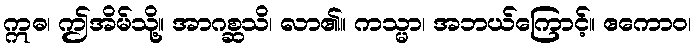
ဣဓ၊ ဤအိမ်သို့။ အာဂစ္ဆသိ၊ လာ၏။ ကသ္မာ၊ အဘယ်ကြောင့်။ ဧကောဝ၊